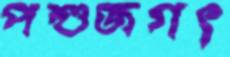
পশুজগৎ